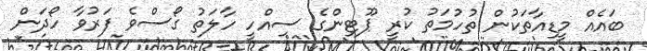
ބައެއް މީޑިއާތަކުން ތުހުމަތު ކުރީ ޕޫޓިންގެ ސިއްހީ ހާލަތު ގޯސްވެ ފަރުވާ ހޯދަން